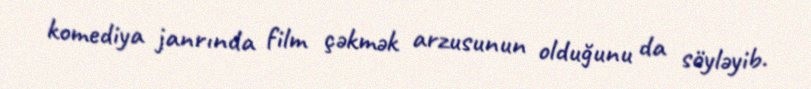
komediya janrında film çəkmək arzusunun olduğunu da söyləyib.